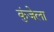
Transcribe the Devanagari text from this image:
कुंजेला